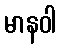
မာနဝါ